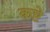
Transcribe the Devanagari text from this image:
कष्टे